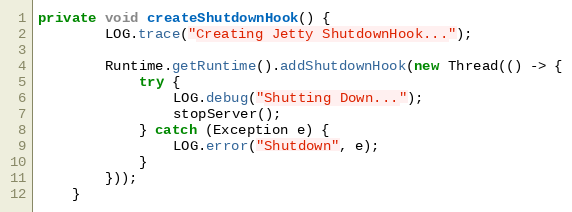
Language: Java
private void createShutdownHook() {
        LOG.trace("Creating Jetty ShutdownHook...");

        Runtime.getRuntime().addShutdownHook(new Thread(() -> {
            try {
                LOG.debug("Shutting Down...");
                stopServer();
            } catch (Exception e) {
                LOG.error("Shutdown", e);
            }
        }));
    }